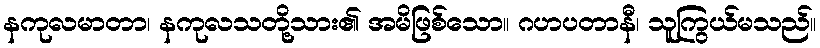
နကုလမာတာ၊ နကုလသတို့သား၏ အမိဖြစ်သော။ ဂဟပတာနီ၊ သူကြွယ်မသည်။